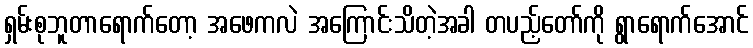
ရှမ်းစုဘူတာရောက်တော့ အဖေကလဲ အကြောင်းသိတဲ့အခါ တပည့်တော်ကို ရွာရောက်အောင်